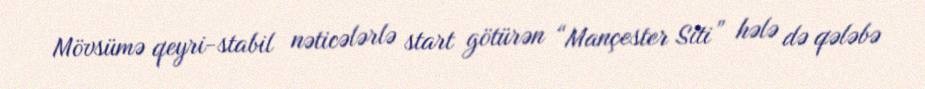
Mövsümə qeyri-stabil nəticələrlə start götürən “Mançester Siti” hələ də qələbə